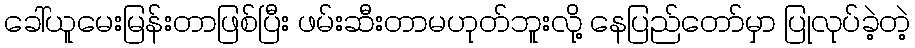
ခေါ်ယူမေးမြန်းတာဖြစ်ပြီး ဖမ်းဆီးတာမဟုတ်ဘူးလို့ နေပြည်တော်မှာ ပြုလုပ်ခဲ့တဲ့